Malaria in the Punjab - Number 46
Disease focus: Malaria
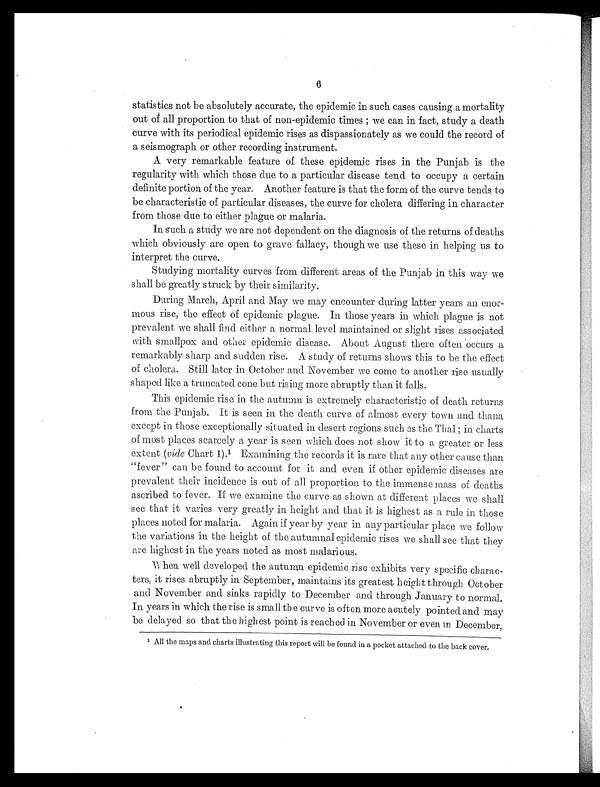
6
statistics not be absolutely accurate, the epidemic in such cases causing a mortality
out of all proportion to that of non-epidemic times; we can in fact, study a death
curve with its periodical epidemic rises as dispassionately as we could the record of
a seismograph or other recording instrument.
A very remarkable feature of these epidemic rises in the Punjab is the
regularity with which those due to a particular disease tend to occupy a certain
definite portion of the year. Another feature is that the form of the curve tends to
be characteristic of particular diseases, the curve for cholera differing in character
from those due to either plague or malaria.
In such a study we are not dependent on the diagnosis of the returns of deaths.
which obviously are open to grave fallacy, though we use these in helping us to
interpret the curve.
Studying mortality curves from different areas of the Punjab in this way we
shall be greatly struck by their similarity.
During March, April and May we may encounter during latter years an enor-
mous rise, the effect of epidemic plague. In those year's in which plague is not
prevalent we shall find either a normal level maintained or slight rises associated
with smallpox and other epidemic disease. About August there often occurs a
remarkably sharp and sudden rise. A study of returns shows this to be the effect
of cholera. Still later in October and November we come to another rise usually
shaped like a truncated cone but rising more abruptly than it falls.
This epidemic rise in the autumn is extremely characteristic of death returns.
from the Punjab. It is seen in the death curve of almost every town and thana
except in those exceptionally situated in desert regions such as the Thal; in charts
of most places scarcely a year is seen which does not show it to a greater or less
extent (vide Chart 1). 1 Examining the records it is rare that any other cause than
"fever" can be found to account for it and even if other epidemic diseases are
prevalent their incidence is out of all proportion to the immense mass of deaths
ascribed to fever. If we examine the curve as shown at different places we shall
see that it varies very greatly in height and that it is highest as a rule in those
places noted for malaria. Again if year by year in any particular place we follow
the variations in the height of the autumnal epidemic rises we shall see that they
are highest in the years noted as most malarious.
When well developed the autumn epidemic rise exhibits very specific charac-
ters, it rises abruptly in September, maintains its greatest height through October
and November and sinks rapidly to December and through January to normal.
In years in which the rise is small the curve is often more acutely pointed and may
be delayed so that the highest point i s reached in November or even in December,
1 All the maps and charts illustrating this report will be found in a pocket attached to the back cover.